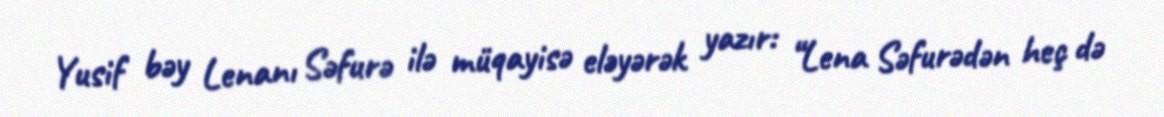
Yusif bəy Lenanı Səfurə ilə müqayisə eləyərək yazır: “Lena Səfurədən heç də